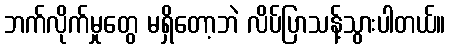
ဘက်လိုက်မှုတွေ မရှိတော့ဘဲ လိပ်ပြာသန့်သွားပါတယ်။